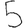
Digit: 5